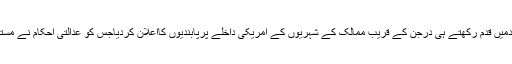
قصرسفیدمیں قدم رکھتے ہی درجن کے قریب ممالک کے شہریوں کے امریکی داخلے پرپابندیوں کااعلان کردیاجس کو عدالتی احکام نے مستردکردیا۔